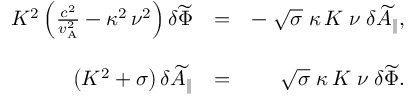
\begin{array} { r l r } { K ^ { 2 } \left( \frac { c ^ { 2 } } { v _ { \mathrm { A } } ^ { 2 } } - \kappa ^ { 2 } \, \nu ^ { 2 } \right) \delta \widetilde { \Phi } } & { = } & { - \; \sqrt { \sigma } \; \kappa \, K \; \nu \; \delta \widetilde { A } _ { \| } , } \\ & { } & \\ { \left( K ^ { 2 } + \sigma \right) \delta \widetilde { A } _ { \| } } & { = } & { \sqrt { \sigma } \; \kappa \, K \; \nu \; \delta \widetilde { \Phi } . } \end{array}